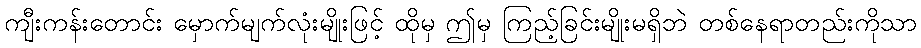
ကျီးကန်းတောင်း မှောက်မျက်လုံးမျိုးဖြင့် ထိုမှ ဤမှ ကြည့်ခြင်းမျိုးမရှိဘဲ တစ်နေရာတည်းကိုသာ